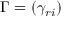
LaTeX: { \boldsymbol { \Gamma } } = ( \gamma _ { r i } )